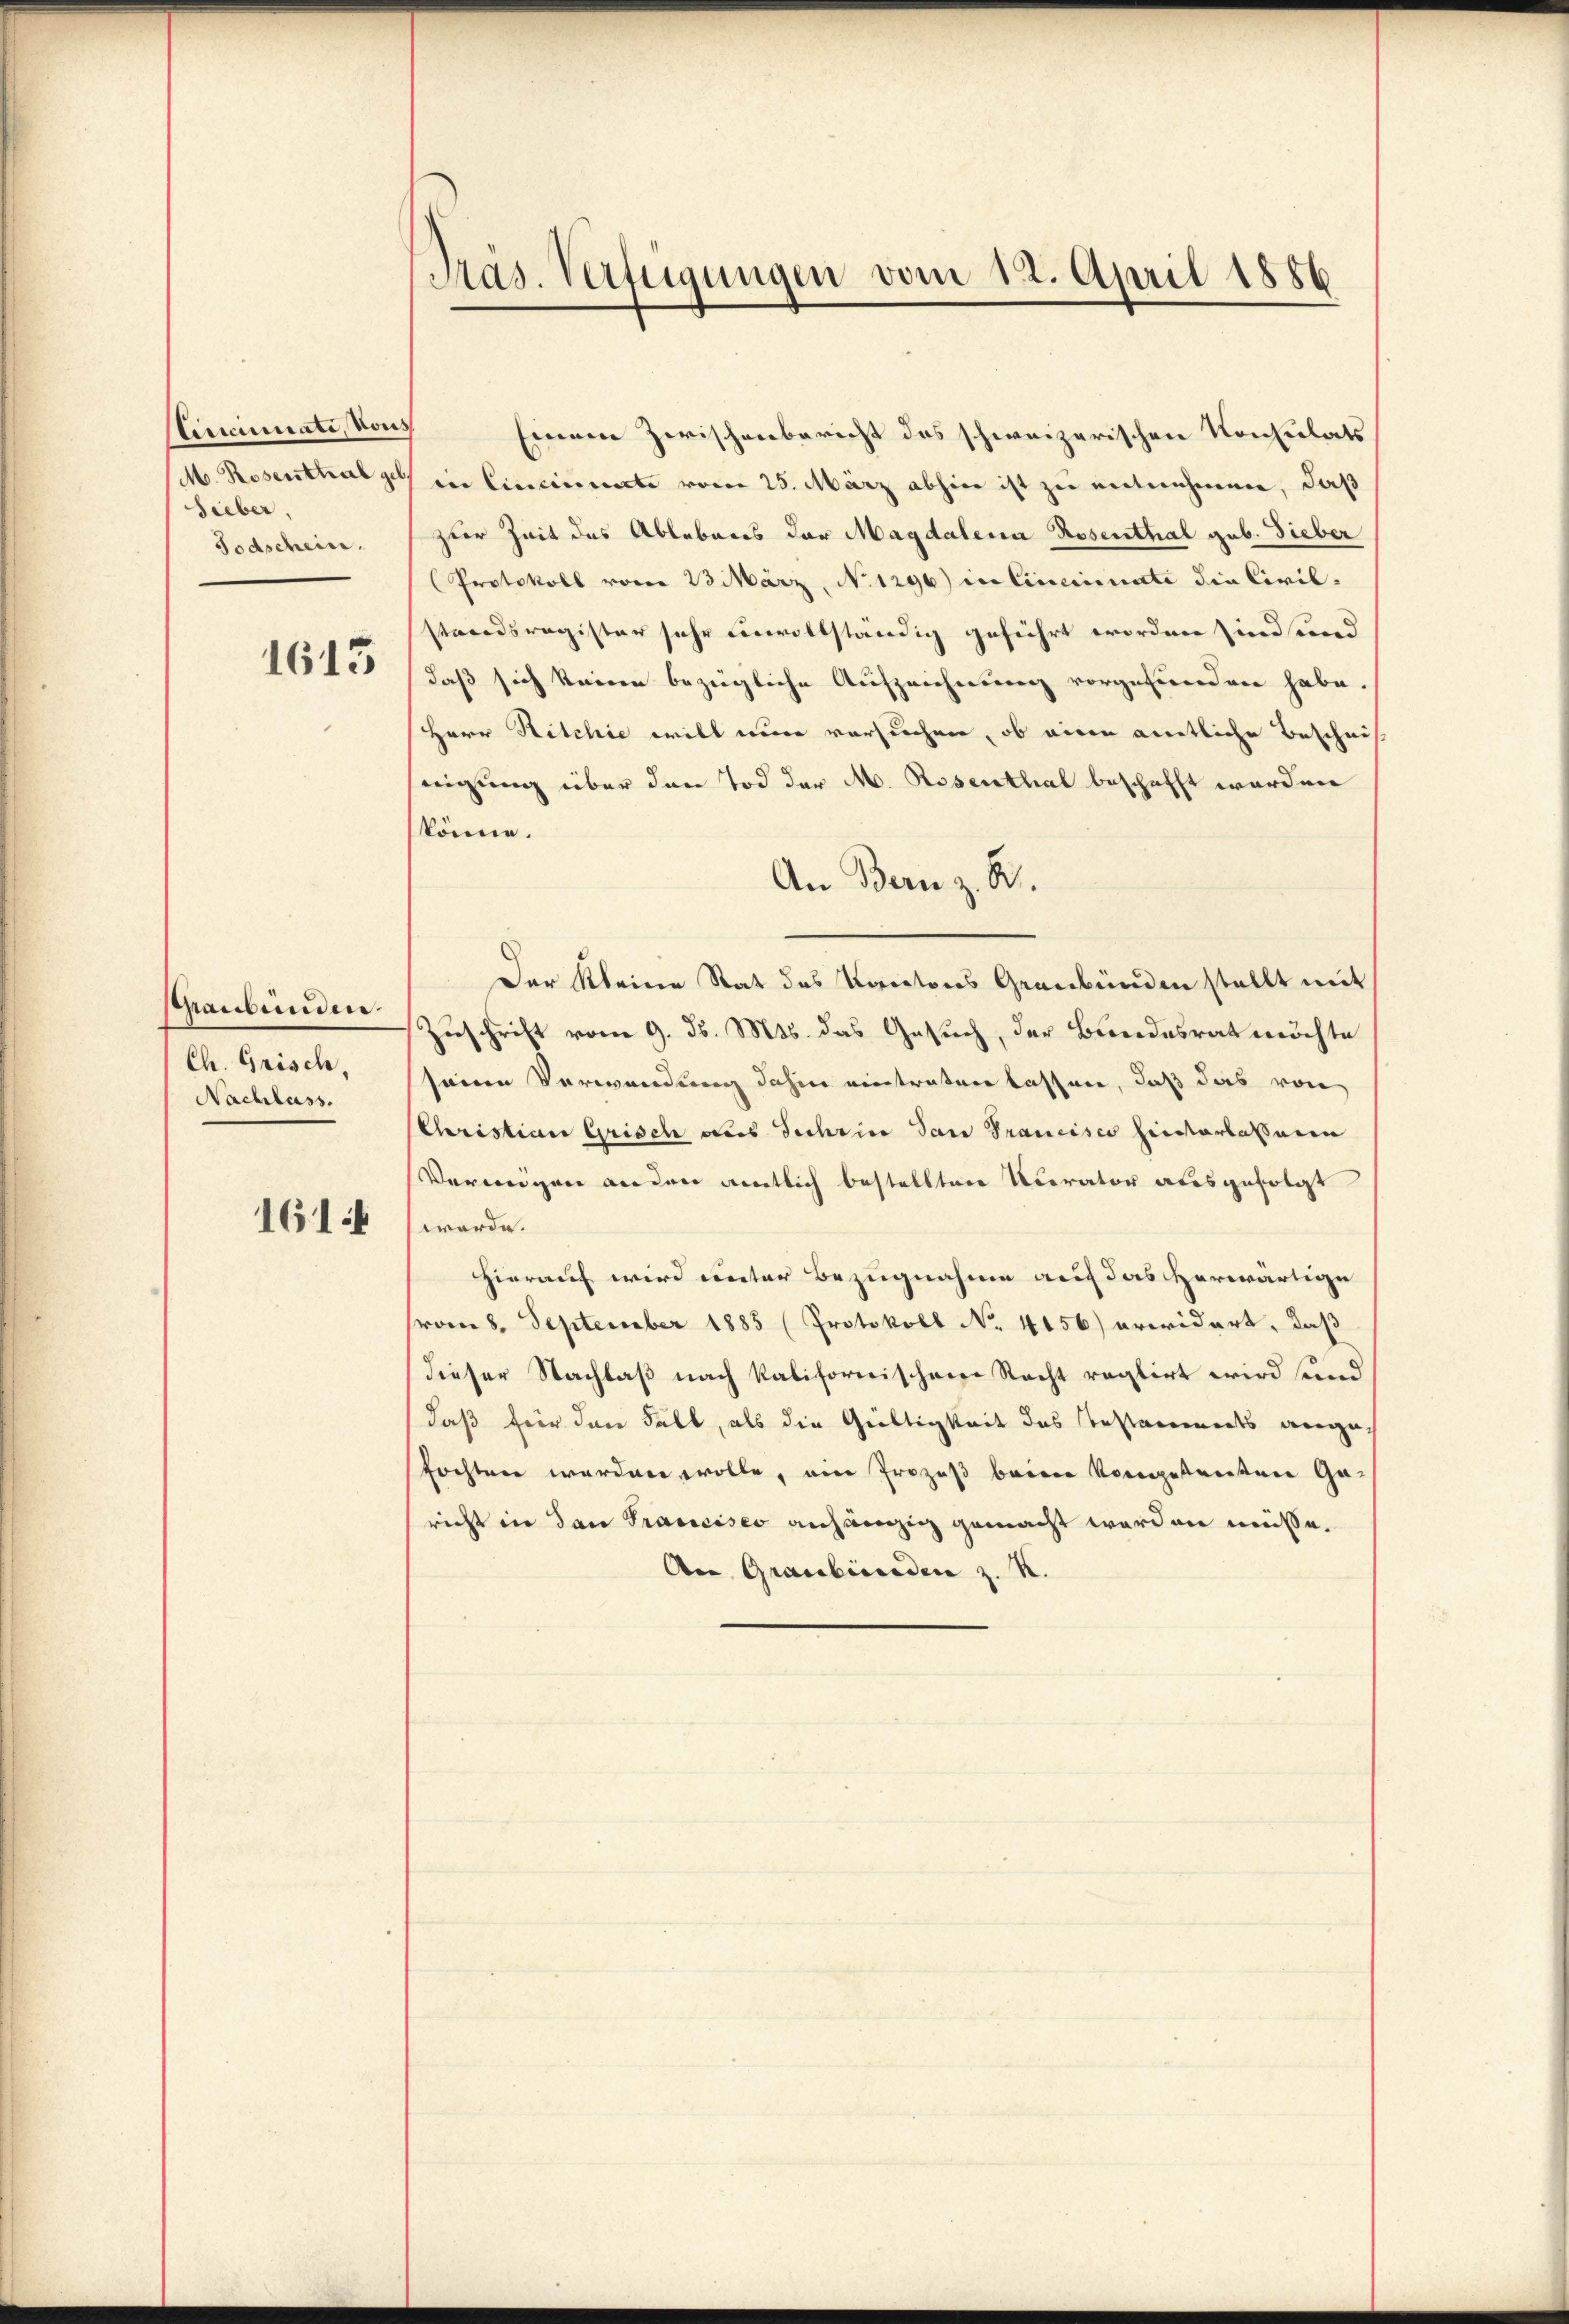
Cinciniati, vons
Sieber,
Todschein.
1615

hraubünden.
Ch. Grisch
Nachlass.

1614

Präs. Verfügungen vom 12. April 1886

Einem Zwischenbericht des schweizerischen Konsulats
M. Rosenthalpe, in Cincinuate vom 25. März abhier ist zu entnehmen, daß
zur Zeit des Ablebens der Magdalena Rosenthal geb. Gieber
(Protokoll vom 23 März, No 1296) in Cincinate die Civil-
standsregister sehr unvollständig geführt worden sind sind
daß sich keinen bezügliche Aufzeichnung vorgefunden habe.
Herr Ritchie will eine versuchen, ob eine amtliche Beschnis
nigung über den Tod der M. Rosenthal beschafft worden
könne.
An Bern z. B.
Der Kleine Rat des Kantons Graubünden stellt mit
Zuschrift vom 9. d. Mts. das Gesuch, der Bandesrat möchte
seine Verwendung dahin eintraten lassen, daß das von
Christian Grisch aus Schrine San Francisco hinterlassenen
Vermögen anden amtlich bestellten Acerator ausgefolgt
werde.
hierauf wird unter Bezugnahme auf das herwärtige
(vom 8. September 1885 (Protokoll No 4156) erwidert, daß
Dieser Nachlaß nach kalifornischen Recht reglirt wird sind
daß für den Fall, als die Gültigkeit des Testammerts angefochten werden wolle, ein Prozeß beren Vorgetreten Garicht in dan Prancises anhängig gemacht worden müsse.
Aen Graubicaden z. R.